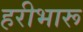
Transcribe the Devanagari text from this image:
हरीभारू